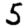
Digit: 5